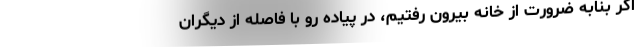
اگر بنابه ضرورت از خانه بیرون رفتیم، در پیاده رو با فاصله از دیگران